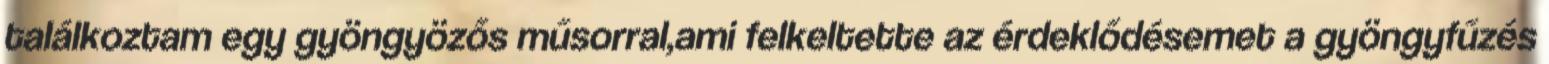
találkoztam egy gyöngyözős műsorral,ami felkeltette az érdeklődésemet a gyöngyfűzés